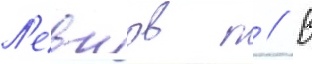
Л'евшов п // В